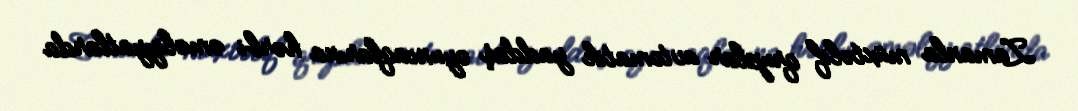
Zamanla müxtəlif qruplar avtomatik yaddaş oyuncaqlarına hərbi əməliyyatlarda